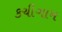
કચીગામ